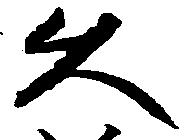
久